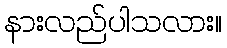
နားလည်ပါသလား။